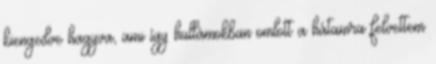
kiengedve hagyva, ami így hullámokban omlott a hátamra felvettem